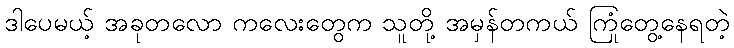
ဒါပေမယ့် အခုတလော ကလေးတွေက သူတို့ အမှန်တကယ် ကြုံတွေ့နေရတဲ့